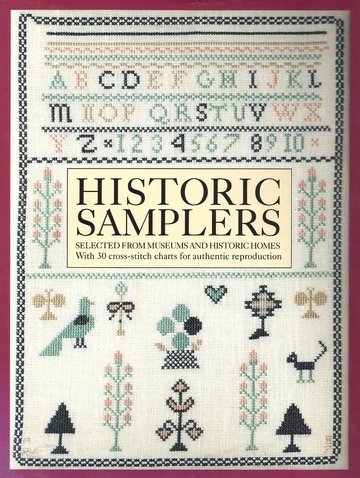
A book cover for Historic Samplers: Selected from Museums and Historic Homes  (With 30 Cross-Stitch Charts for Authentic Reproduction); Patricia Ryan; Crafts, Hobbies & Home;